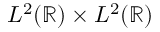
L ^ { 2 } ( \mathbb { R } ) \times L ^ { 2 } ( \mathbb { R } )